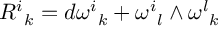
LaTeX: { { R } ^ { i } } _ { k } = d { { \omega } ^ { i } } _ { k } + { { \omega } ^ { i } } _ { l } \wedge { { \omega } ^ { l } } _ { k }